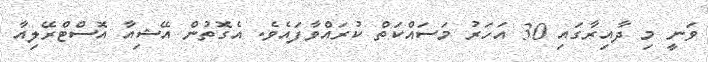
ވަނީ މި ދާއިރާގައި 30 އަހަރު މަސައްކަތް ކުރައްވާފައެވެ. އެގޮތުން އޭޝިއާ އޮސްޓްރޭލިއާ